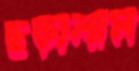
ছড়ালাম